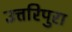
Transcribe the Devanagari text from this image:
उत्तरिपुरा